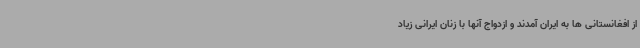
از افغانستانی ها به ایران آمدند و ازدواج آنها با زنان ایرانی زیاد